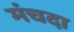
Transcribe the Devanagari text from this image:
मंचदा